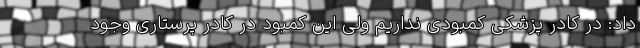
داد: در کادر پزشکی کمبودی نداریم ولی این کمبود در کادر پرستاری وجود